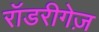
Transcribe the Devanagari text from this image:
रॉडरीगेज़